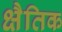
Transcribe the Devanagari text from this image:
क्षैतिक